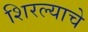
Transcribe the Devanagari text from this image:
शिरल्याचे